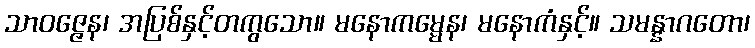
သာဝဇ္ဇေန၊ အပြစ်နှင့်တကွသော။ မနောကမ္မေန၊ မနောကံနှင့်။ သမန္နာဂတော၊